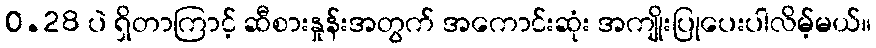
0.28 ပဲ ရှိတာကြာင့် ဆီစားနှုန်းအတွက် အကောင်းဆုံး အကျိုးပြုပေးပါလိမ့်မယ်။